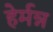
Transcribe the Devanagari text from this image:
हेर्मन्न